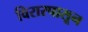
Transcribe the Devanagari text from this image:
विरारपासून